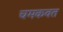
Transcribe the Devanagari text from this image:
चमकवत